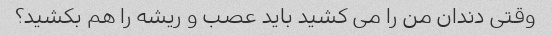
وقتی دندان من را می کشید باید عصب و ریشه را هم بکشید؟